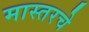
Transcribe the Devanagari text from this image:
मास्तरचे